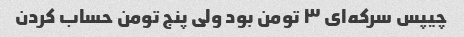
چیپس سرکه‌ای ۳ تومن بود ولی پنج تومن حساب کردن